Annual administration report of the Civil Veterinary Department of India - 1896-1897
Year: 1896
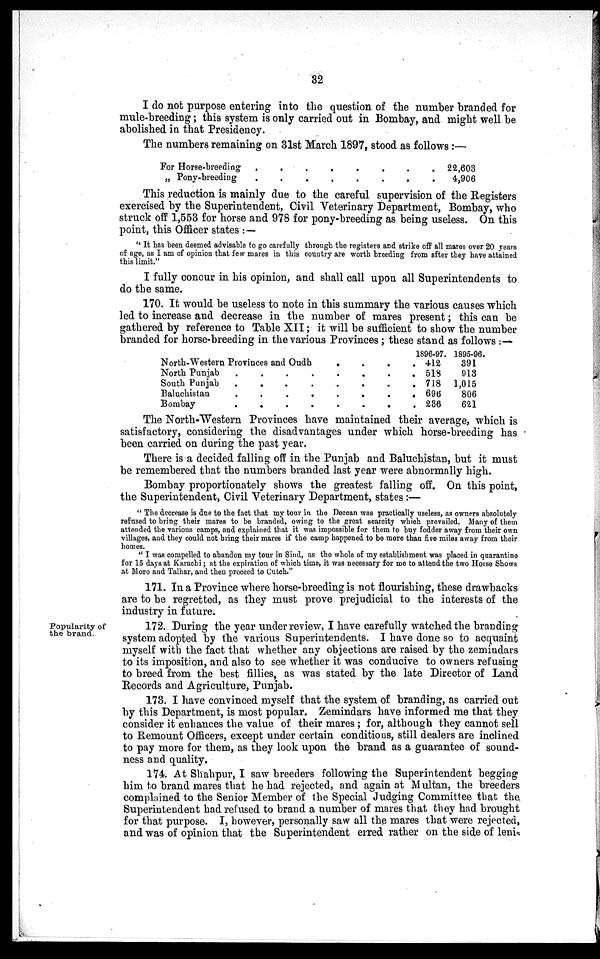
32
I do not purpose entering into the question of the number branded for
mule-breeding; this system is only carried out in Bombay, and might well be
abolished in that Presidency.
The numbers remaining on 31st March 1897, stood as follows:—
For Horse-breeding
.
..
.
.
.
„ Pony-breeding
.
..
.
.
.
22,603
4,906
This reduction is mainly due to the careful supervision of the Registers
exercised by the Superintendent, Civil Veterinary Department, Bombay, who
struck off 1,553 for horse and 978 for pony-breeding as being useless. On this
point, this Officer states:—
"It has been deemed advisable to go carefully through the registers and strike off all mares over 20 years
of age, as I am of opinion that few mares in this country are worth breeding from after they have attained
this limit."
I fully concur in his opinion, and shall call upon all Superintendents to
do the same.
170. It would be useless to note in this summary the various causes which
led to increase and decrease in the number of mares present; this can be
gathered by reference to Table XII; it will be sufficient to show the number
branded for horse-breeding in the various Provinces; these stand as follows:—
North-Western Provinces and Oudh
. . . . .
North Punjab . . . . . . .
South Punjab
.
.
.
.
.
.
.
Baluchistan
.
.
.
.
.
.
Bombay
.
.
.
.
.
.
.
1896-97.
412
518
718
696
236
1895-96.
391
913
1,015
806
621
The North-Western Provinces have maintained their average, which is
satisfactory, considering the disadvantages under which horse-breeding has
been carried on during the past year.
There is a decided falling off in the Punjab and Baluchistan, but it must
be remembered that the numbers branded last year were abnormally high.
Bombay proportionately shows the greatest falling off. On this point,
the Superintendent, Civil Veterinary Department, states:—
"The decrease is due to the fact that my tour in the Deccan was practically useless, as owners absolutely
refused to bring their mares to be branded, owing to the great scarcity which prevailed. Many of them
attended the various camps, and explained that it was impossible for them to buy fodder away from their own
villages, and they could not bring their mares if the camp happened to be more than five miles away from their
homes.
"I was compelled to abandon my tour in Sind, as the whole of my establishment was placed in quarantine
for 15 days at Karachi; at the expiration of which time, it was necessary for me to attend the two Horse Shows
at Moro and Talhar, and then proceed to Cutch."
171. In a Province where horse-breeding is not flourishing, these drawbacks
are to be regretted, as they must prove prejudicial to the interests of the
industry in future.
Popularity of
the brand.
172. During the year under review, I have carefully watched the branding
system adopted by the various Superintendents. I have done so to acquaint
myself with the fact that whether any objections are raised by the zemindars
to its imposition, and also to see whether it was conducive to owners refusing
to breed from the best fillies, as was stated by the late Director of Land
Records and Agriculture, Punjab.
173. I have convinced myself that the system of branding, as carried out
by this Department, is most popular. Zemindars have informed me that they
consider it enhances the value of their mares; for, although they cannot sell
to Remount Officers, except under certain conditions, still dealers are inclined
to pay more for them, as they look upon the brand as a guarantee of sound-
ness and quality.
174. At Shahpur, I saw breeders following the Superintendent begging
him to brand mares that he had rejected, and again at Multan, the breeders
complained to the Senior Member of the Special Judging Committee that the
Superintendent had refused to brand a number of mares that they had brought
for that purpose. I, however, personally saw all the mares that were rejected,
and was of opinion that the Superintendent erred rather on the side of leni-